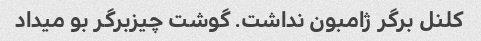
کلنل برگر ژامبون نداشت. گوشت چیزبرگر بو میداد